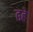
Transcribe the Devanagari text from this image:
ढहे